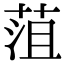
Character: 菹